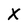
Character: X